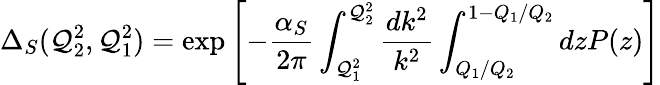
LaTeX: \Delta_{S}(\mathcal{Q}_{2}^{2},\mathcal{Q}_{1}^{2})=\exp\left[-{\frac{{\alpha_{S}}}{{2\pi}}}\int_{\mathcal{Q}_{1}^{2}}^{\mathcal{Q}_{2}^{2}}{\frac{{dk^{2}}}{{k^{2}}}}\int_{Q_{1}/Q_{2}}^{1-Q_{1}/Q_{2}}{dzP(z)}\right]